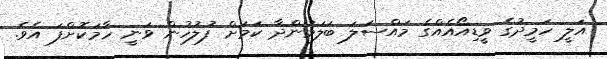
އަލީ ހަމީދުގެ ވީޑިއޯއެއްގެ މައްސަލަ ބަލަމުންދާ ކަމަށް ފުލުހުން ވަނީ ހާމަކޮށްފަ އެވެ.